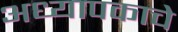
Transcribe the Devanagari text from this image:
अध्यापकाचे